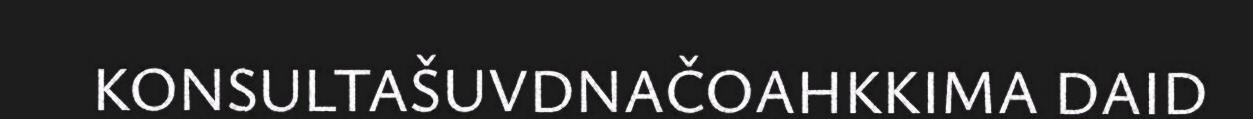
KONSULTAŠUVDNAČOAHKKIMA DAID